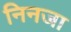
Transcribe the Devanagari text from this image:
निनजा